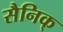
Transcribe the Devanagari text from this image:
सैनिक्